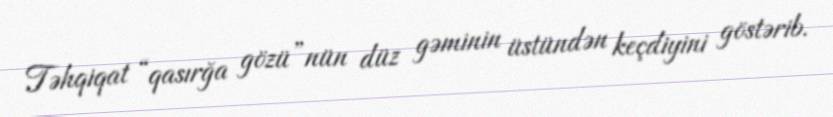
Təhqiqat “qasırğa gözü”nün düz gəminin üstündən keçdiyini göstərib.